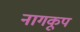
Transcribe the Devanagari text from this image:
नागकूप